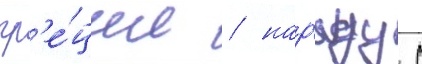
гр'е́ции / нар'яду с